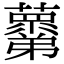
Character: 𧃣